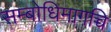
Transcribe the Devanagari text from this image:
सम्बोधिमागच्चि